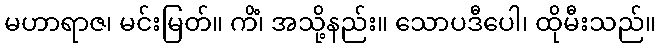
မဟာရာဇ၊ မင်းမြတ်။ ကိံ၊ အသို့နည်း။ သောပဒီပေါ၊ ထိုမီးသည်။